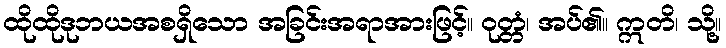
ထိုထိုဒုဘယအစရှိသော အခြင်းအရာအားဖြင့်။ ဝုတ္တံ၊ အပ်၏။ ဣတိ၊ သို့။